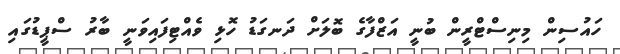
ހައުސިން މިނިސްޓްރީން ބުނީ އަޒްފާގެ ބޮލަށް ދަނގަޑު ހޮޅި ވެއްޓިފައިވަނީ ބާރު ސްޕީޑުގައި